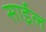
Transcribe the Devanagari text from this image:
साईल